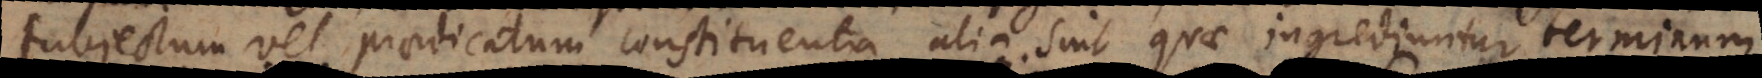
subjectum vel praedicatum constituentia alia sint quae ingrediuntur terminum